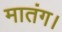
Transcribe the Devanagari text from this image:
मातंग।